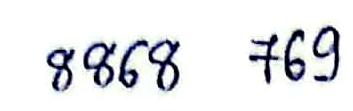
8868  769